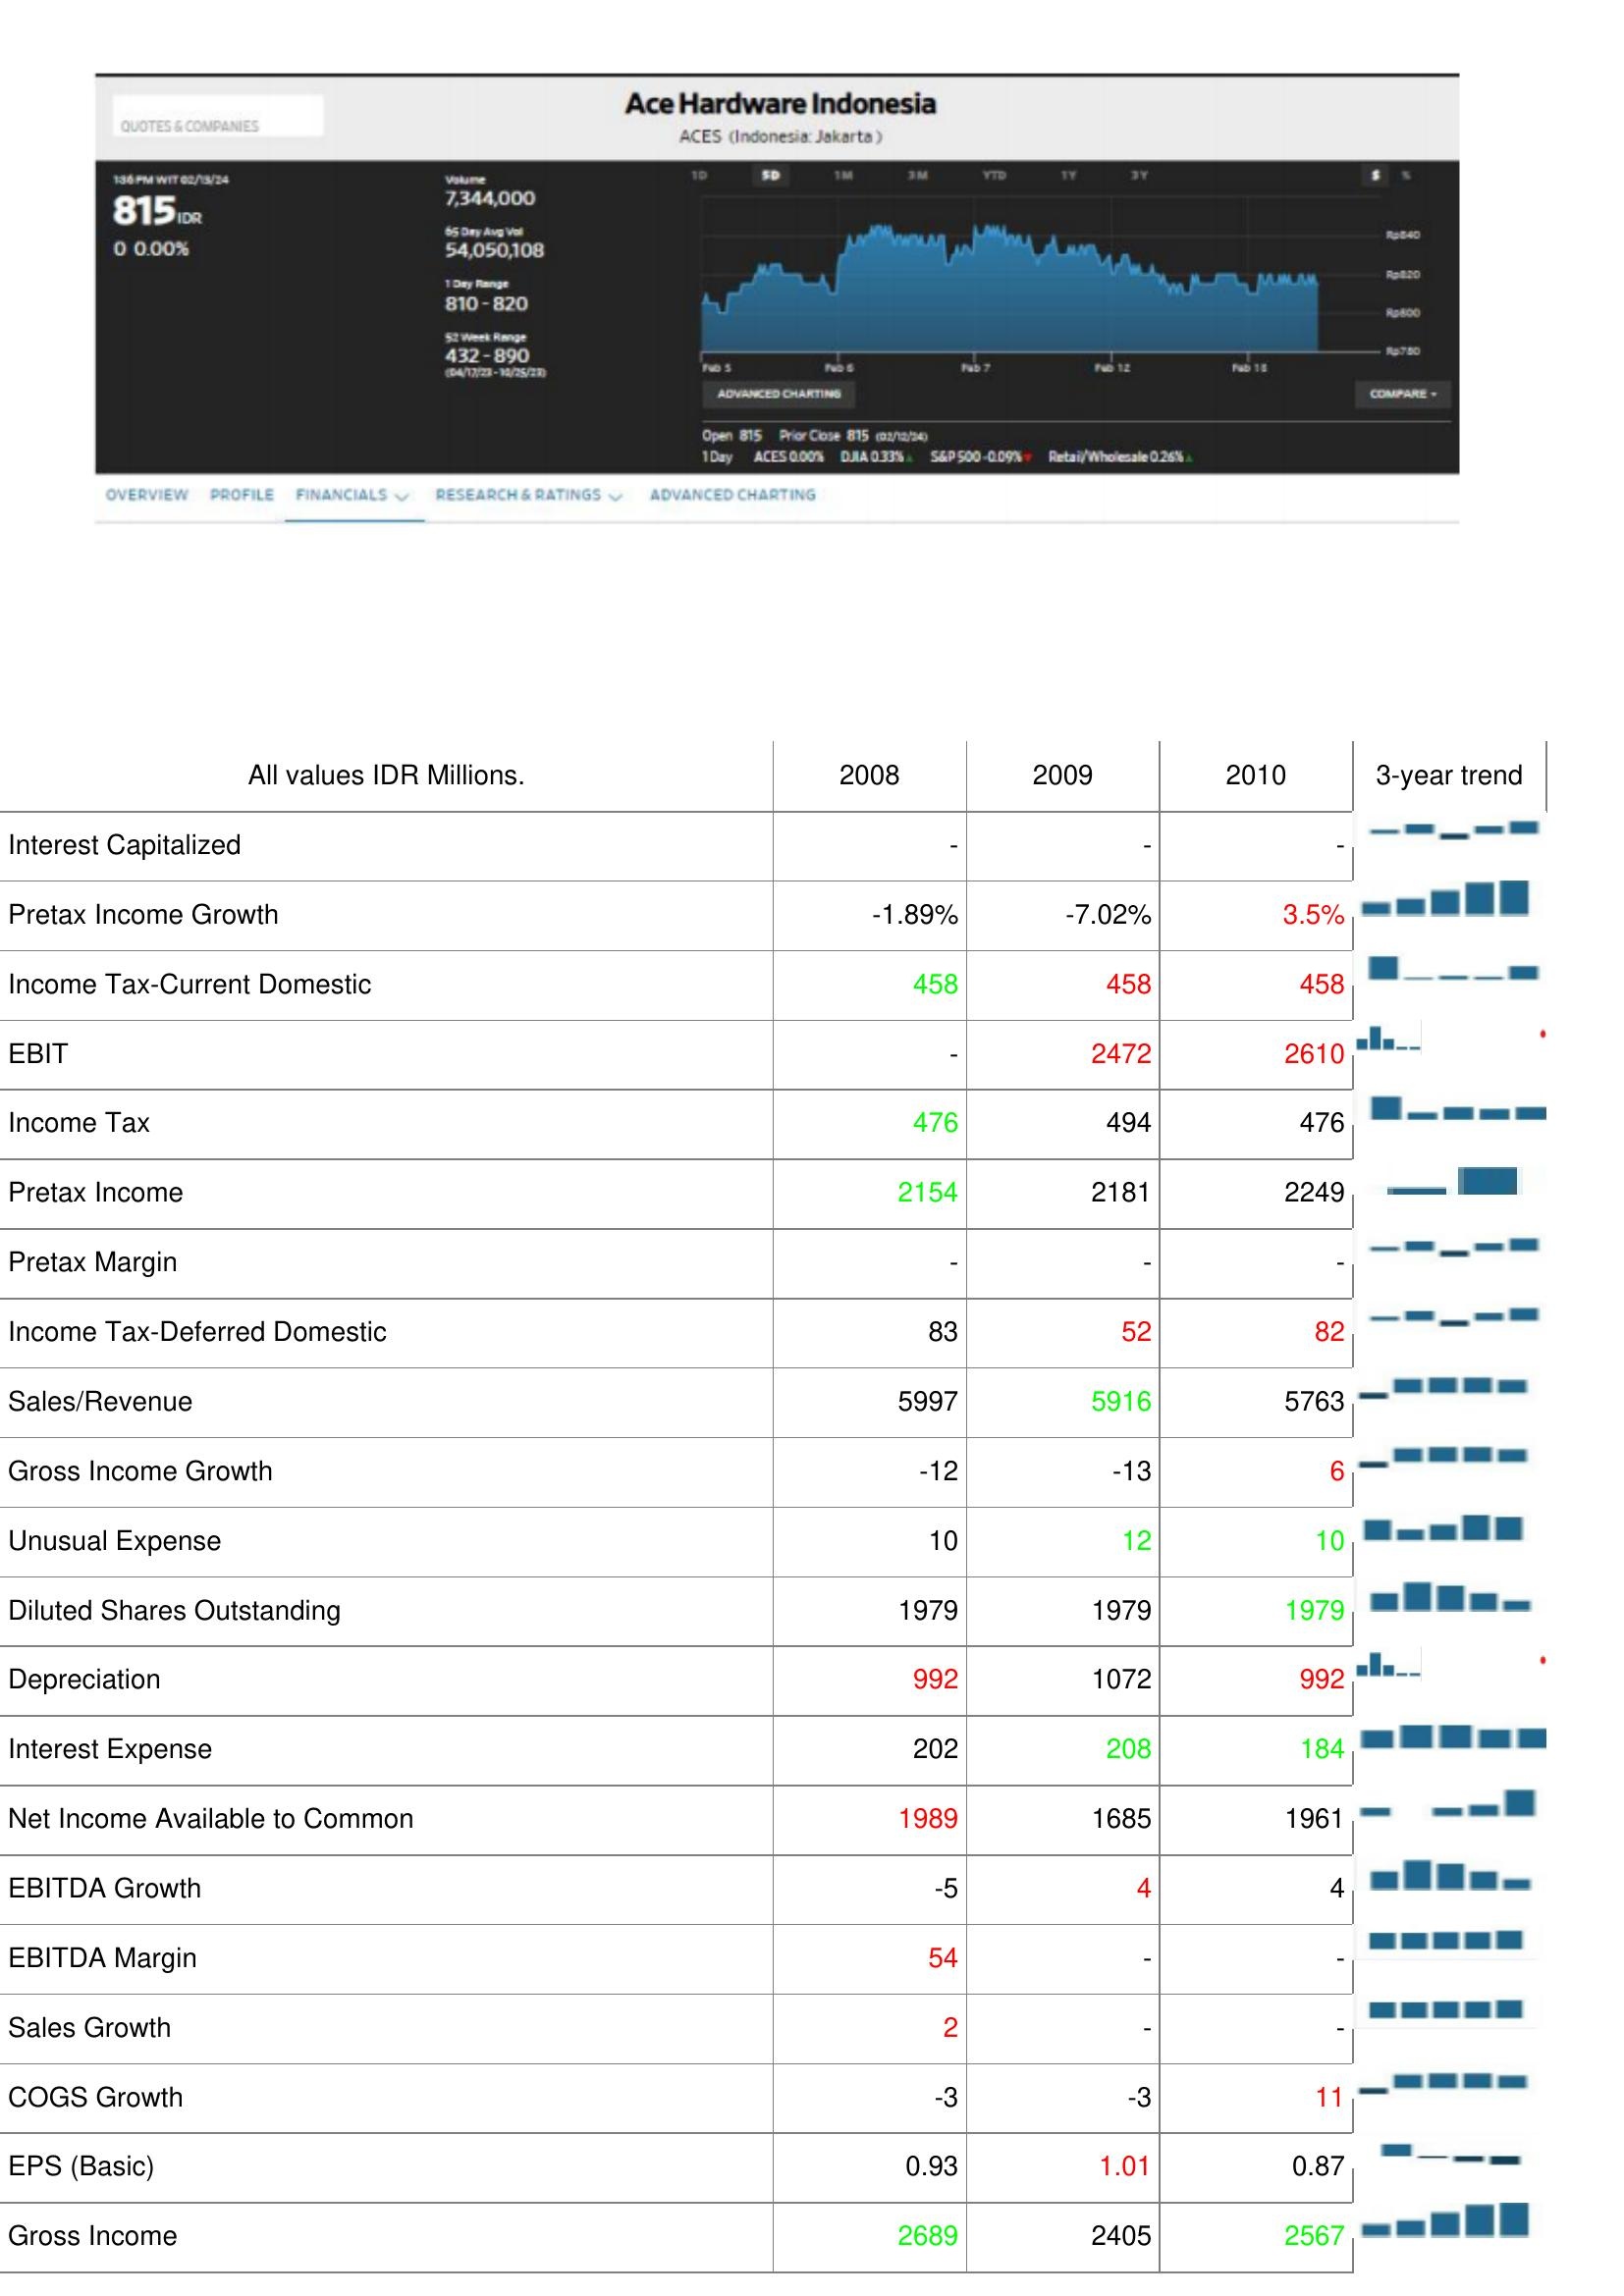
2008: : Interest Capitalized: -
Pretax Income Growth: -1.89%
Income Tax-Current Domestic: 458
EBIT: -
Income Tax: 476
Pretax Income: 2154
Pretax Margin: -
Income Tax-Deferred Domestic: 83
Sales/Revenue: 5997
Gross Income Growth: -12
Unusual Expense: 10
Diluted Shares Outstanding: 1979
Depreciation: 992
Interest Expense: 202
Net Income Available to Common: 1989
EBITDA Growth: -5
EBITDA Margin: 54
Sales Growth: 2
COGS Growth: -3
EPS (Basic): 0.93
Gross Income: 2689
2009: : Interest Capitalized: -
Pretax Income Growth: -7.02%
Income Tax-Current Domestic: 458
EBIT: 2472
Income Tax: 494
Pretax Income: 2181
Pretax Margin: -
Income Tax-Deferred Domestic: 52
Sales/Revenue: 5916
Gross Income Growth: -13
Unusual Expense: 12
Diluted Shares Outstanding: 1979
Depreciation: 1072
Interest Expense: 208
Net Income Available to Common: 1685
EBITDA Growth: 4
EBITDA Margin: -
Sales Growth: -
COGS Growth: -3
EPS (Basic): 1.01
Gross Income: 2405
2010: : Interest Capitalized: -
Pretax Income Growth: 3.5%
Income Tax-Current Domestic: 458
EBIT: 2610
Income Tax: 476
Pretax Income: 2249
Pretax Margin: -
Income Tax-Deferred Domestic: 82
Sales/Revenue: 5763
Gross Income Growth: 6
Unusual Expense: 10
Diluted Shares Outstanding: 1979
Depreciation: 992
Interest Expense: 184
Net Income Available to Common: 1961
EBITDA Growth: 4
EBITDA Margin: -
Sales Growth: -
COGS Growth: 11
EPS (Basic): 0.87
Gross Income: 2567